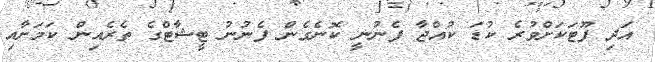
އަދި ފޫޓަކަށްވުރެ ކުޑަ ކުއްޖާ ފެނުނީ ކޮނެގެން ފެނުނު ޓީޝާޓްގެ ތެރެއިން ކަމަށާއި